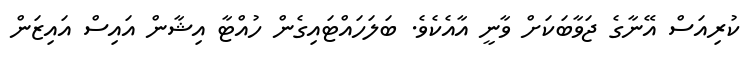
ކުރިއަސް އޭނާގެ ޖަވާބަކަށް ވާނީ އާއެކެވެ. ބަލަހައްޓައިގެން ހުއްޓާ އިޝާން އައިސް އައިޒަން